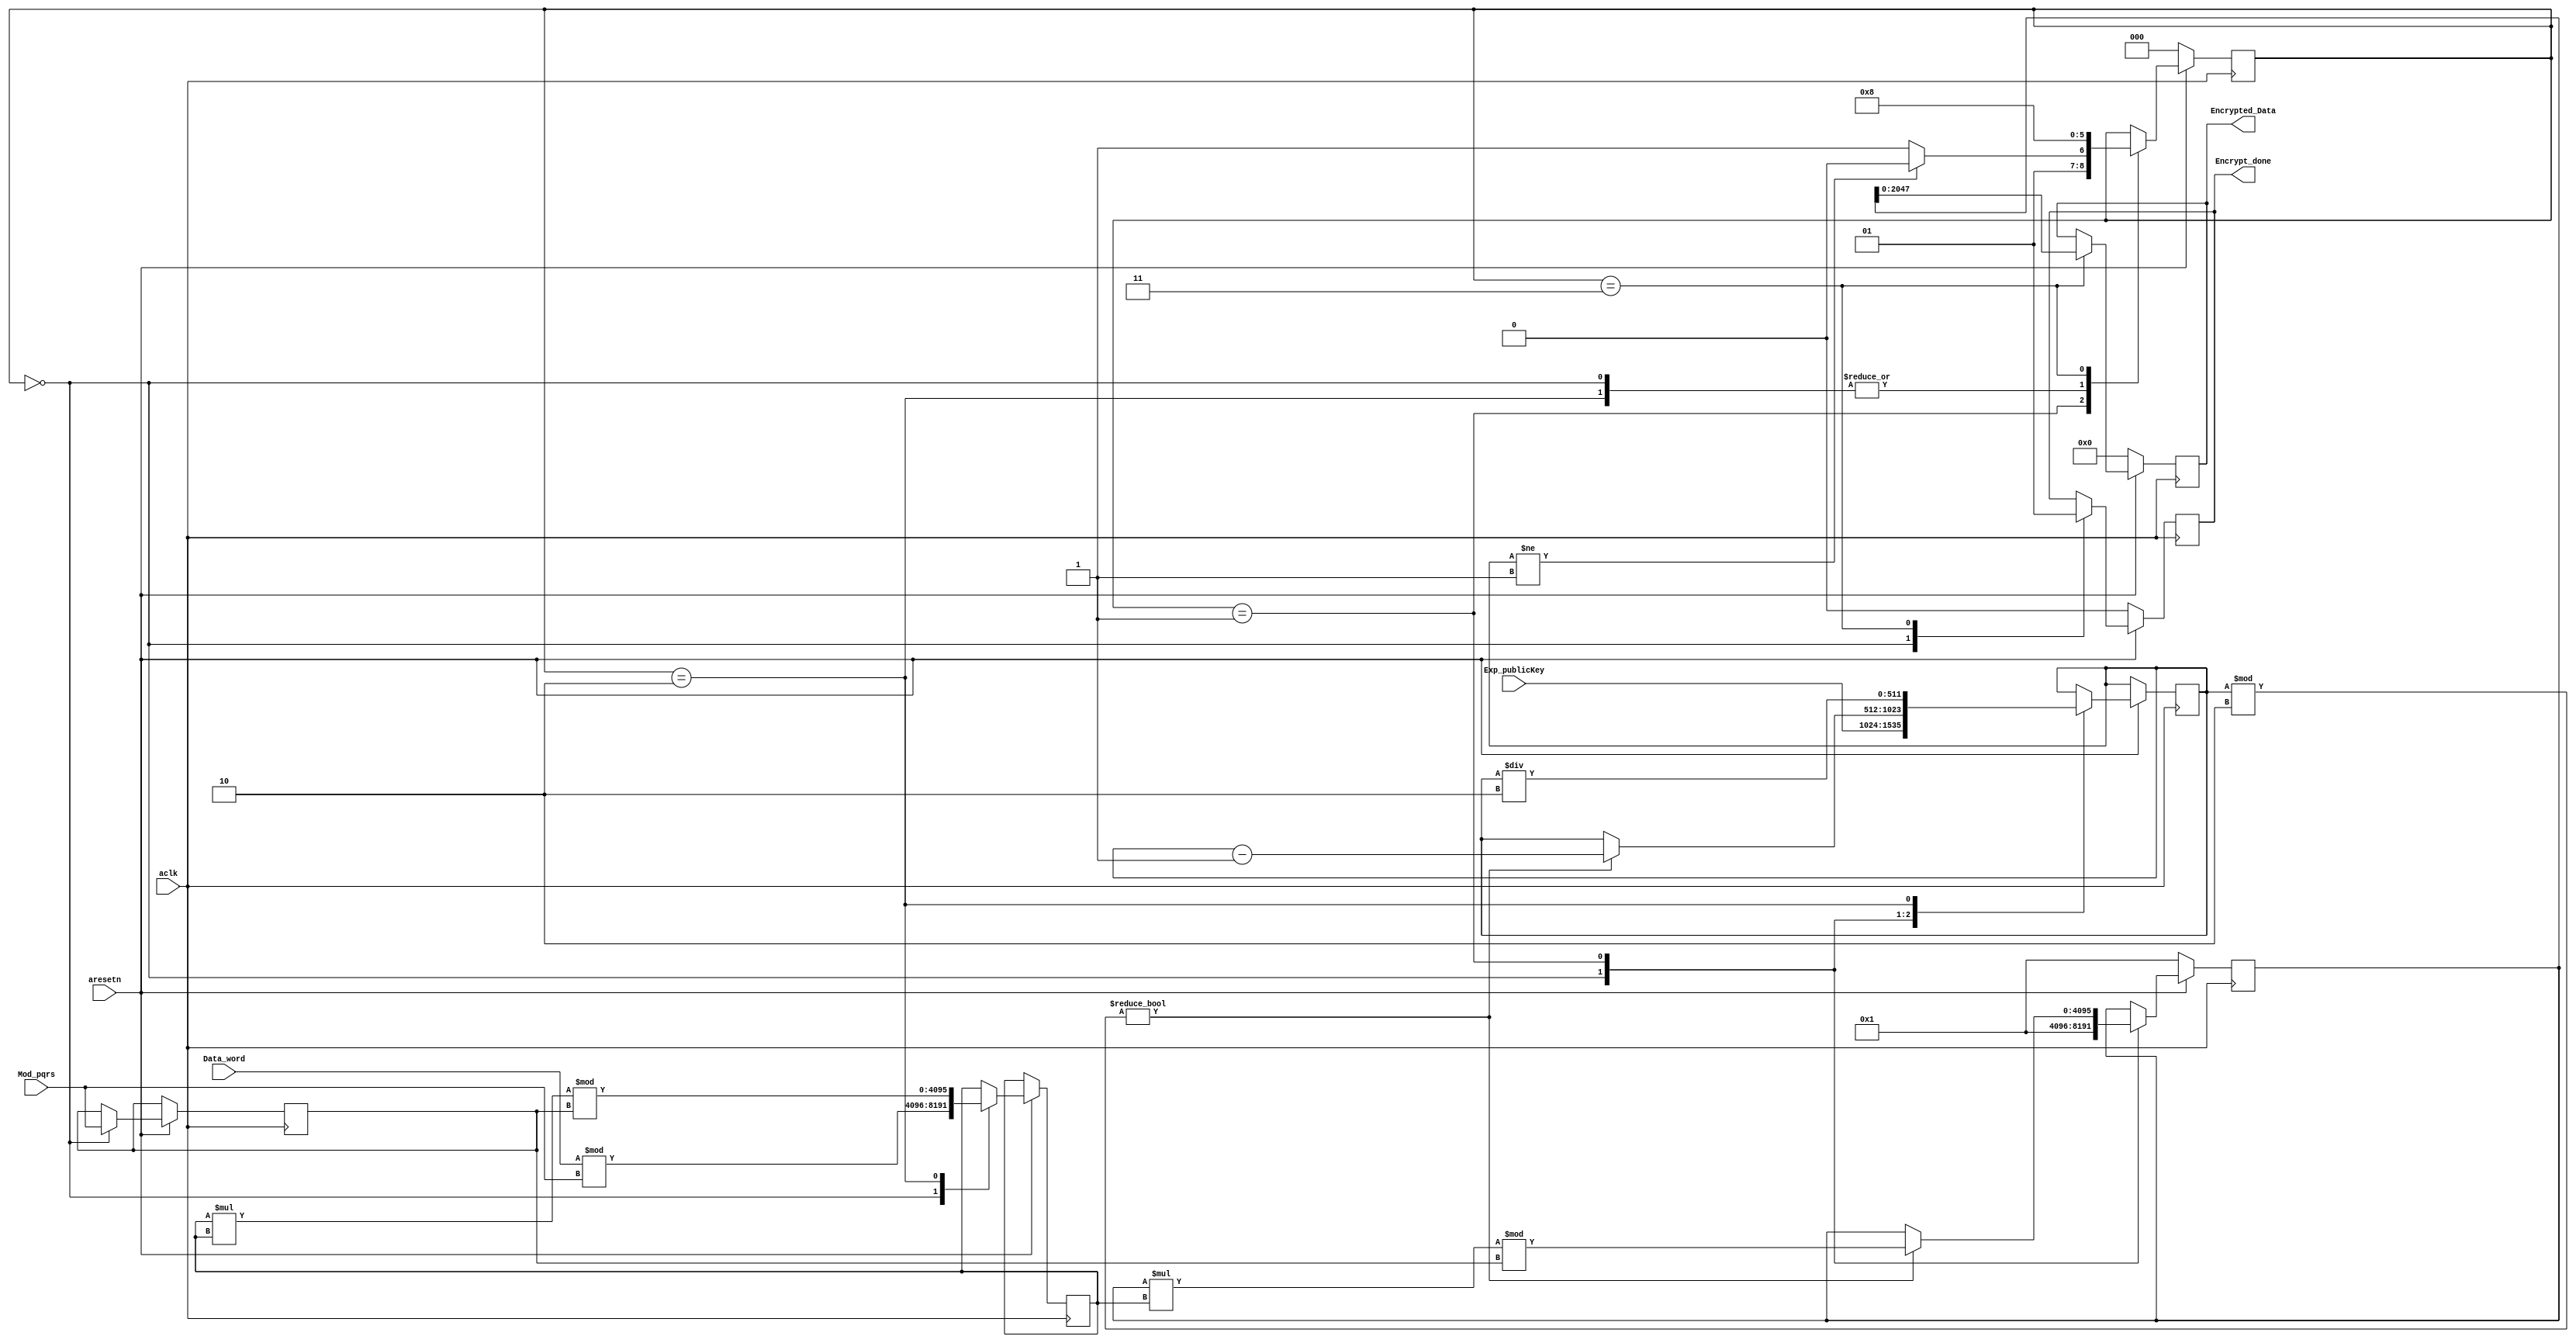
`timescale 1ns / 1ps

module RSA_encryption 
#(
	parameter       WIDTH 	= 512
)(
	input aclk,    // Clock
	input aresetn,  // Asynchronous reset active low

	input wire [(WIDTH*4)-1:0] 	Data_word,
	input wire [WIDTH-1:0  ] 	Exp_publicKey,
	input wire [(WIDTH*4)-1:0] 	Mod_pqrs,//pqrs=n

	output reg [(WIDTH*4)-1:0] 	Encrypted_Data,
	output reg             		Encrypt_done


);
//----------------------------------------------------------------
// Parameters.
//----------------------------------------------------------------

localparam STATE_INIT  	= 3'd0;
localparam STATE_ROUND 	= 3'd1;
localparam STATE_NEXT  	= 3'd2;
localparam STATE_DONE  	= 3'd3;
	

//---------------------------------------------------------------------------------------------------------------------
// Internal wires and registers
//---------------------------------------------------------------------------------------------------------------------
reg start;
reg [(8*WIDTH)-1:0] N,R;
reg [(4*WIDTH)-1:0] M;
reg [WIDTH-1:0] E;
reg [2:0] state;
//----------------------------------------------------------------
// assignments for ports.
//----------------------------------------------------------------

//---------------------------------------------------------------------------------------------------------------------
// Implementation
//---------------------------------------------------------------------------------------------------------------------
always @(Data_word,Exp_publicKey,Mod_pqrs) begin 
	start = 1'b1;
end


always @(posedge aclk) begin 
	if(!aresetn) begin
		state <= STATE_INIT;
	end else begin
		case (state)
			STATE_INIT :
			begin
				if (start) begin
					state <= STATE_ROUND;
				end
			end
			STATE_ROUND :
			begin
				if (E != 512'd1) begin
					state 	<= STATE_NEXT;
				end else begin
					state   <= STATE_DONE;
				end
				
			end
			STATE_NEXT  :
			begin
				state <= STATE_ROUND;
			end
			STATE_DONE  :
			begin
				state <= STATE_INIT;
		    end 
			
		
			default : /* default */;
		endcase
	end
end

always @(posedge aclk) begin 
	if(!aresetn) begin
		start 		<= 1'b0;
		Encrypted_Data	<= 512'b0;
		Encrypt_done	<= 1'b0;
		R           <= 512'd1;
	end else begin
		case (state)
			STATE_INIT :
			begin
				N 	<= Data_word%Mod_pqrs;
				E 	<= Exp_publicKey;
				M 	<= Mod_pqrs;
				Encrypt_done <= 1'b0;
				R   <= 512'd1;
			end
			STATE_ROUND :
			begin
				start <= 1'b0;
				if (E%2) begin //if m is odd
					R <= (R*N)%M; 
					E <= E - 512'd1;
				end
			end
			STATE_NEXT  :
			begin
				N <= (N*N)%M;
				E <= E/2;
			end
			STATE_DONE  :
			begin
				Encrypted_Data <= R;
				Encrypt_done <= 1'b1;
		    end 
			
		
			default : /* default */;
		endcase
	end
end


endmodule //mod_power